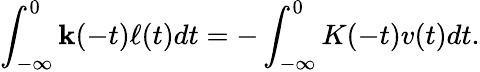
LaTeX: \int_{-\infty}^{0}\mathbf{k}(-t)\ell(t)dt=-\int_{-\infty}^{0}K(-t)v(t)dt.